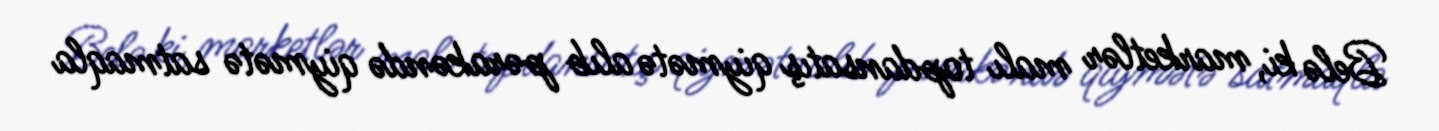
Belə ki, marketlər malı topdansatış qiymətə alıb pərakəndə qiymətə satmaqla